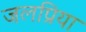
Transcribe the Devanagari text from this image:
जलप्रिया